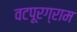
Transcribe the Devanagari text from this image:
वटपूरग्राम